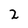
Character: 2